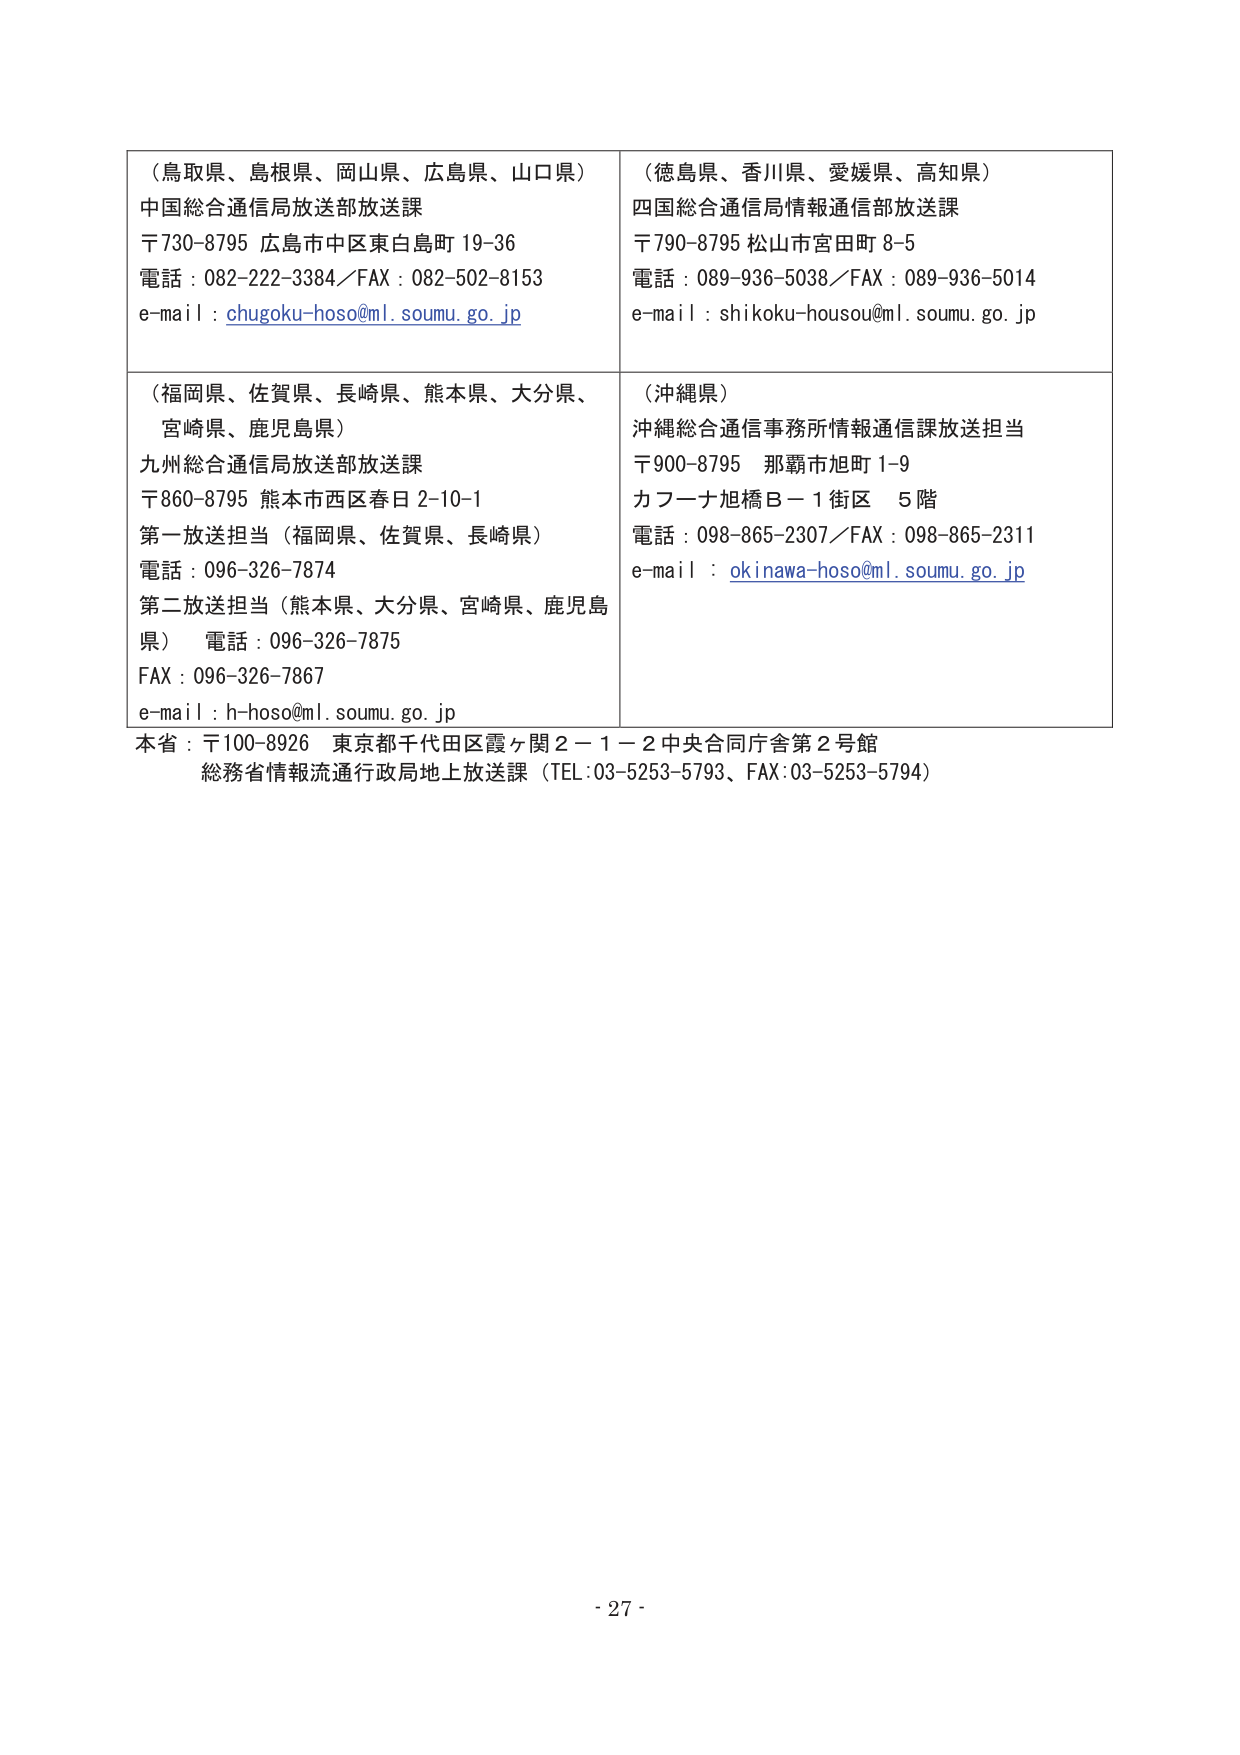
（鳥取県、島根県、岡山県、広島県、山口県）
中国総合通信局放送部放送課
〒730-8795 広島市中区東白島町 19-36
電話：082-222-3384／FAX：082-502-8153
e-mail：chugoku-hoso@ml.soumu.go.jp

（徳島県、香川県、愛媛県、高知県）
四国総合通信局情報通信部放送課
〒790-8795 松山市宮田町 8-5
電話：089-936-5038／FAX：089-936-5014
e-mail：shikoku-housou@ml.soumu.go.jp

（福岡県、佐賀県、長崎県、熊本県、大分県、
宮崎県、鹿児島県）
九州総合通信局放送部放送課
〒860-8795 熊本市西区春日 2-10-1
第一放送担当（福岡県、佐賀県、長崎県）
電話：096-326-7874
第二放送担当（熊本県、大分県、宮崎県、鹿児島県）
電話：096-326-7875
FAX：096-326-7867
e-mail：h-hoso@ml.soumu.go.jp

（沖縄県）
沖縄総合通信事務所情報通信課放送担当
〒900-8795 那覇市旭町 1-9
カフーナ旭橋Ｂ－１街区 ５階
電話：098-865-2307／FAX：098-865-2311
e-mail：okinawa-hoso@ml.soumu.go.jp

本省：〒100-8926 東京都千代田区霞ヶ関２－１－２中央合同庁舎第２号館
総務省情報流通行政局地上放送課（TEL:03-5253-5793、FAX:03-5253-5794）

- 27 -